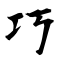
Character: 巧